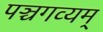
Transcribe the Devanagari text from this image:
पञ्चगव्यम्